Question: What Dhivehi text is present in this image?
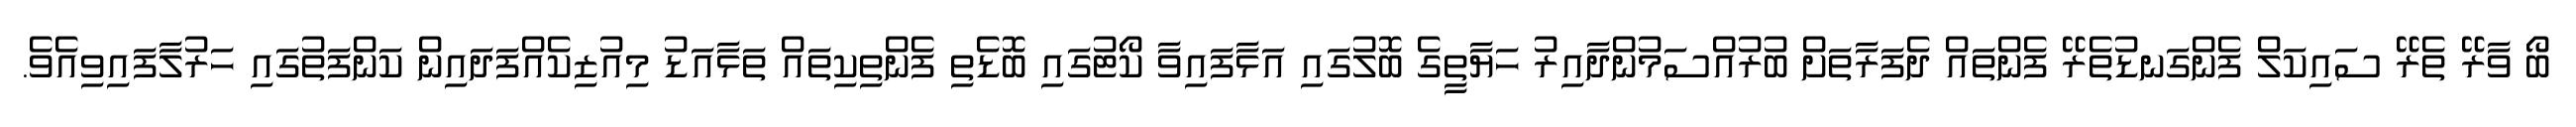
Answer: ބޯ ވާރޭ ތެރޭ ސައިކަލް ފެންގަނޑުތެރޭ ފެންތައް ދެފަރާތަށް ބުރުއްސަމުންދާއިރު ހަޔާތީގެ ބޮލުގައި އަޅާފައިވާ ކޯޓުގައި ބޮޑެތި ފެންތިކިތައް ތަޅާއަޑު މިއުޒިކެއްފަދައިން ކަންފަތުގައި ހަރުލާފައިވިއެވެ.